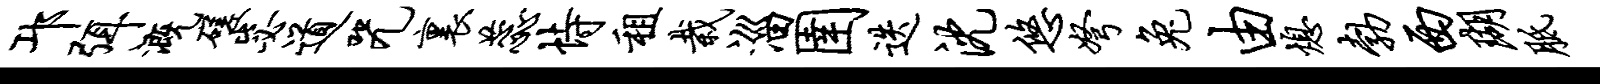
邛弭溉磋毖道咒里蕊恃租栽淄圉迭沈悠弩兔由熄勃西瑚胝